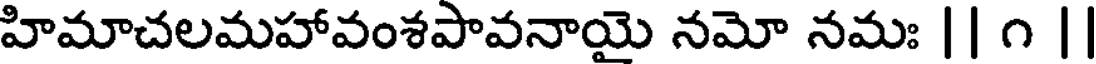
హిమాచలమహావంశపావనాయై నమో నమః || ౧ |